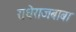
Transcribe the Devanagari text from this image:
राधेराजबाबा